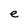
Character: e